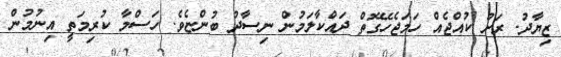
ޒިޔާދު. ރަށު ކުއްޖެއް ހަމަޖެހޭގޮތް ދައްކާލަމުން ނިސާދު ބުންޏެވެ. ހަސްމާ ކުރިމަތީ އިނުމުން